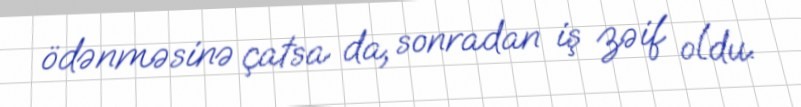
ödənməsinə çatsa da, sonradan iş zəif oldu.